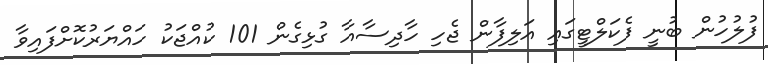
ފުލުހުން ބުނީ ފެކަލްޓީގައި އަލިފާން ޖެހި ހާދިސާއާ ގުޅިގެން 101 ކުއްޖަކު ހައްޔަރުކޮށްފައިވާ